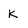
Character: k